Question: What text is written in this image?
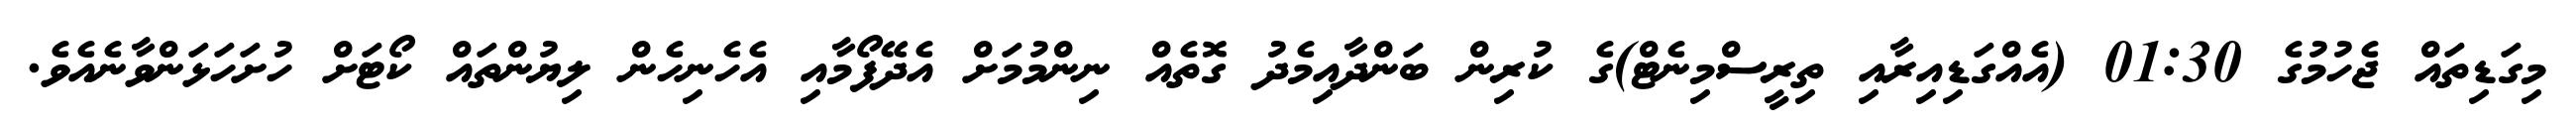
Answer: މިގަޑިތައް ޖެހުމުގެ 01:30 (އެއްގަޑިއިރާއި ތިރީސްމިނެޓް)ގެ ކުރިން ބަންދާއިމެދު ގޮތެއް ނިންމުމަށް އެދޭފޯމާއި އެހެނިހެން ލިޔުންތައް ކޯޓަށް ހުށަހަޅަންވާނެއެވެ.